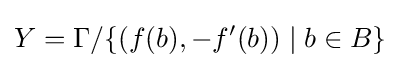
Y=\Gamma /\{(f(b),-f'(b))\;|\;b\in B\}